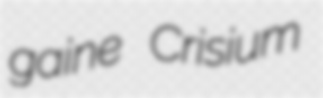
gaine Crisium